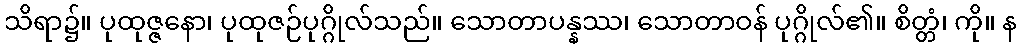
သိရာ၌။ ပုထုဇ္ဇနော၊ ပုထုဇဉ်ပုဂ္ဂိုလ်သည်။ သောတာပန္နဿ၊ သောတာဝန် ပုဂ္ဂိုလ်၏။ စိတ္တံ၊ ကို။ န